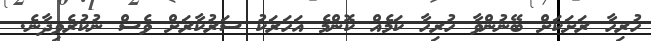
ހުރިހާ ރަށަކަށް ބޭނުންވާ ހުރިހާ ކަމެއް ކޮންމެ އަހަރަކު ސަރުކާރަށް ވެސް ނުކުރެވިދާނެ.